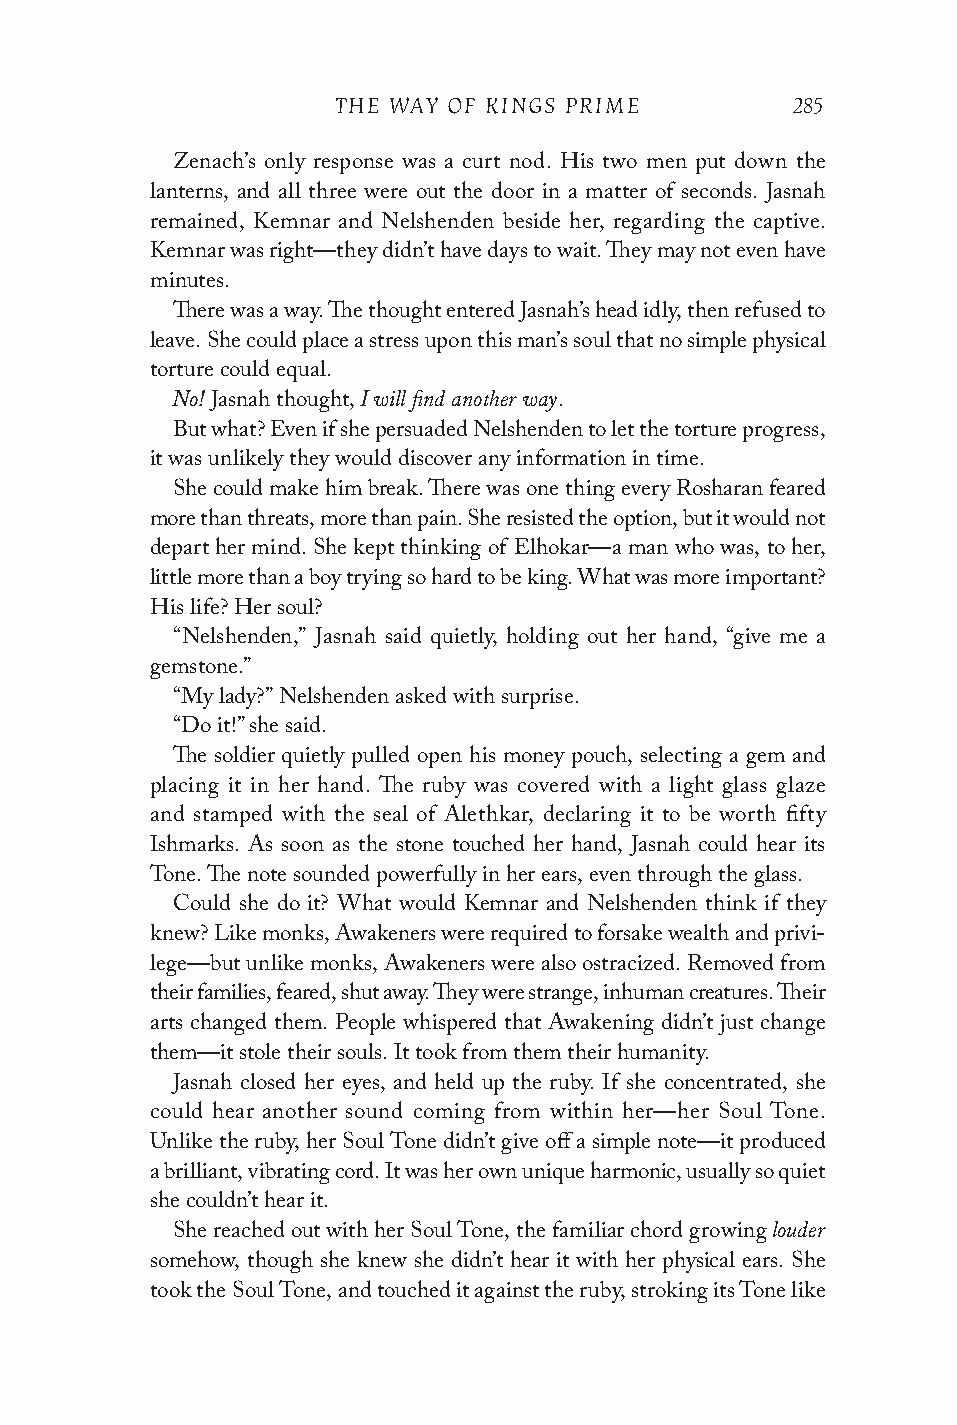
THE WAY OF KINGS PRIME        285
 Zenach’s only response was a curt nod. His two men put down the
 lanterns, and all three were out the door in a matter of seconds. Jasnah
 remained, Kemnar and Nelshenden beside her, regarding the captive.
 Kemnar was right—they didn’t have days to wait. They may not even have
 minutes.
 There was a way. The thought entered Jasnah’s head idly, then refused to
 leave. She could place a stress upon this man’s soul that no simple physical
 torture could equal.
 No!          I will find another way
 Jasnah thought,        .
 But what? Even if she persuaded Nelshenden to let the torture progress,
 it was unlikely they would discover any information in time.
 She could make him break. There was one thing every Rosharan feared
 more than threats, more than pain. She resisted the option, but it would not
 depart her mind. She kept thinking of Elhokar—a man who was, to her,
 little more than a boy trying so hard to be king. What was more important?
 His life? Her soul?
 “Nelshenden,” Jasnah said quietly, holding out her hand, “give me a
 gemstone.”
 “My lady?” Nelshenden asked with surprise.
 “Do it!” she said.
 The soldier quietly pulled open his money pouch, selecting a gem and
 placing it in her hand. The ruby was covered with a light glass glaze
 and stamped with the seal of Alethkar, declaring it to be worth fifty
 Ishmarks. As soon as the stone touched her hand, Jasnah could hear its
 Tone. The note sounded powerfully in her ears, even through the glass.
 Could she do it? What would Kemnar and Nelshenden think if they
 knew? Like monks, Awakeners were required to forsake wealth and privi-
 lege—but unlike monks, Awakeners were also ostracized. Removed from
 their families, feared, shut away. They were strange, inhuman creatures. Their
 arts changed them. People whispered that Awakening didn’t just change
 them—it stole their souls. It took from them their humanity.
 Jasnah closed her eyes, and held up the ruby. If she concentrated, she
 could hear another sound coming from within her—her Soul Tone.
 Unlike the ruby, her Soul Tone didn’t give off a simple note—it produced
 a brilliant, vibrating cord. It was her own unique harmonic, usually so quiet
 she couldn’t hear it.
 louder
 She reached out with her Soul Tone, the familiar chord growing
 somehow, though she knew she didn’t hear it with her physical ears. She
 took the Soul Tone, and touched it against the ruby, stroking its Tone like